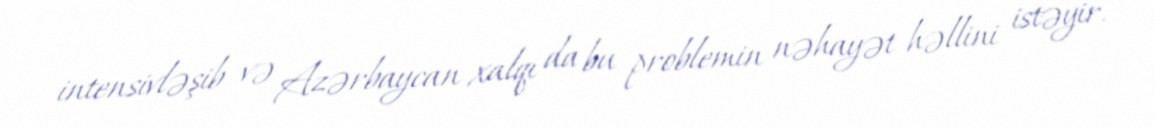
intensivləşib və Azərbaycan xalqı da bu problemin nəhayət həllini istəyir.